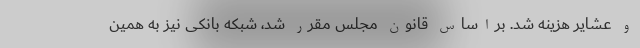
و عشایر هزینه شد. براساس قانون مجلس مقرر شد، شبکه بانکی نیز به همین